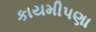
કાયમીપણા